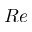
R e